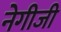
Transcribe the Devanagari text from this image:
नेगीजी